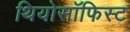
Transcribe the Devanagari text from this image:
थियोसॉफिस्ट